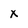
Character: x